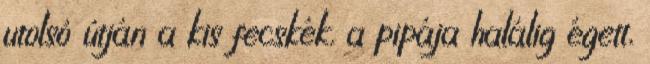
utolsó útján a kis fecskék. a pipája halálig égett,